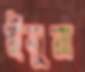
ইনুয়া